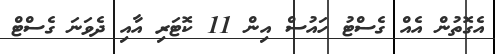
އެގޮތުން އެއް ގެސްޓު ހައުސް އިން 11 ކޮޓަރި އާއި ދެވަނަ ގެސްޓް